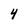
Character: 4